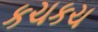
કચકચ